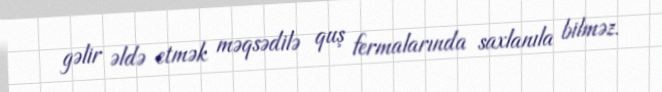
gəlir əldə etmək məqsədilə quş fermalarında saxlanıla bilməz.